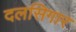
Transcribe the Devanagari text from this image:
दलसिगार